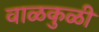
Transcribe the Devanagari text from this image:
वाळकुळी